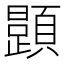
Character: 𲊷